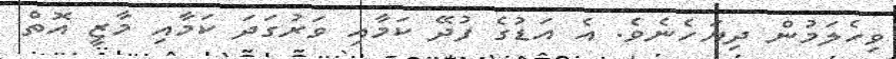
ވިހެލަމުން ދިޔަހެނެވެ. އެ އަޑުގެ ފުދޭ ކަމާއި ވަރުގަދަ ކަމާއި މާޒީ އޮތް